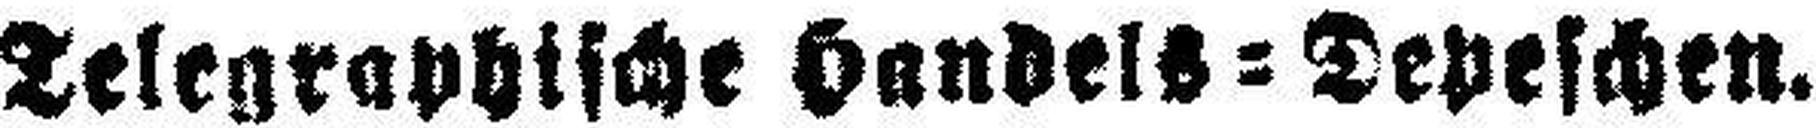
Telegraphische Handels = Depeschen.